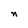
Character: n